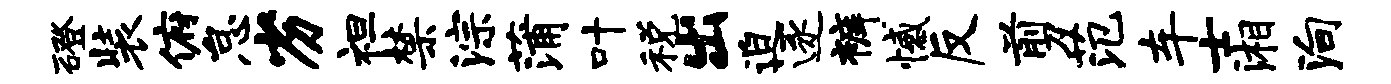
磴装俯怠劣袒禁淙蒲叶税出迫逐裤憾反剪范车士湘殉